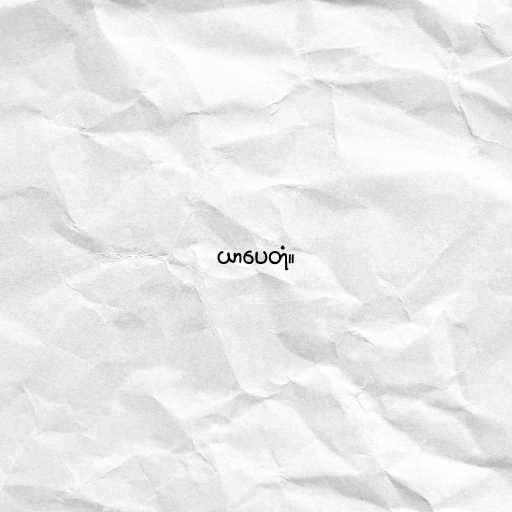
ယာပေတုံ။